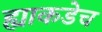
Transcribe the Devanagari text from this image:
ह्याकडेच